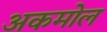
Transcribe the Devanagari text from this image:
अकमोल